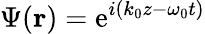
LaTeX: \Psi({\mathbf r})=\mathrm{e}^{i(k_{0}z-\omega_{0}t)}